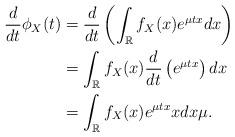
LaTeX: \begin{align*}\frac{d}{dt}\phi_X(t) &= \frac{d}{dt}\left(\int_\mathbb{R} f_X(x)e^{\mu tx} dx\right) \\&= \int_\mathbb{R} f_X(x)\frac{d}{dt}\left(e^{\mu tx} \right)dx \\&= \int_\mathbb{R} f_X(x)e^{\mu tx} xdx\mu .\end{align*}